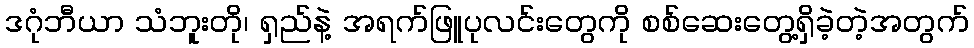
ဒဂုံဘီယာ သံဘူးတို၊ ရှည်နဲ့ အရက်ဖြူပုလင်းတွေကို စစ်ဆေးတွေ့ရှိခဲ့တဲ့အတွက်